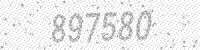
Solution: 897580